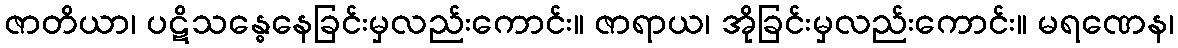
ဇာတိယာ၊ ပဋိသန္ဓေနေခြင်းမှလည်းကောင်း။ ဇာရာယ၊ အိုခြင်းမှလည်းကောင်း။ မရဏေန၊